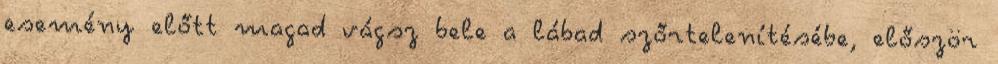
esemény előtt magad vágsz bele a lábad szőrtelenítésébe, először